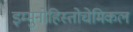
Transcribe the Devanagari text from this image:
इम्मुनोहिस्तोचेमिकल